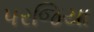
પરજિયા